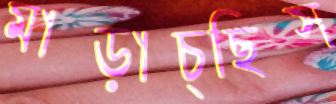
মাড়াচ্ছিস